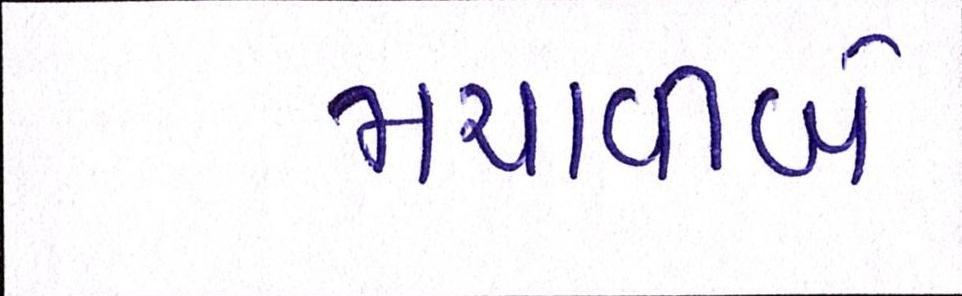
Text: મચાવીબે